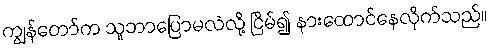
ကျွန်တော်က သူဘာပြောမလဲလို့ ငြိမ်၍ နားထောင်နေလိုက်သည်။